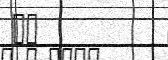
٣٢